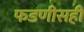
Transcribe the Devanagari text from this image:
फडणीसही